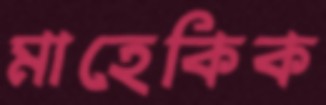
মাহেকিক